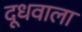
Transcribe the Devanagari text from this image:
दूधवाला